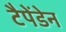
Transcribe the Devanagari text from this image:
टैपेंडेन